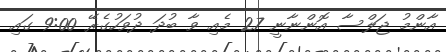
އާންމު ޖަލްސާ އޮންނާނީ 27 މެއި ވާ ބުދަ ދުވަހުގެރޭ 9:00 ގައި